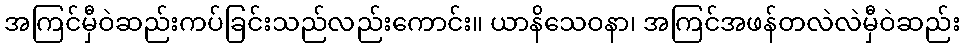
အကြင်မှီဝဲဆည်းကပ်ခြင်းသည်လည်းကောင်း။ ယာနိသေဝနာ၊ အကြင်အဖန်တလဲလဲမှီဝဲဆည်း